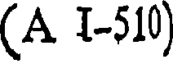
(A I-510)